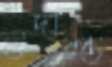
উদীপ্ত